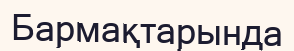
Бармақтарында